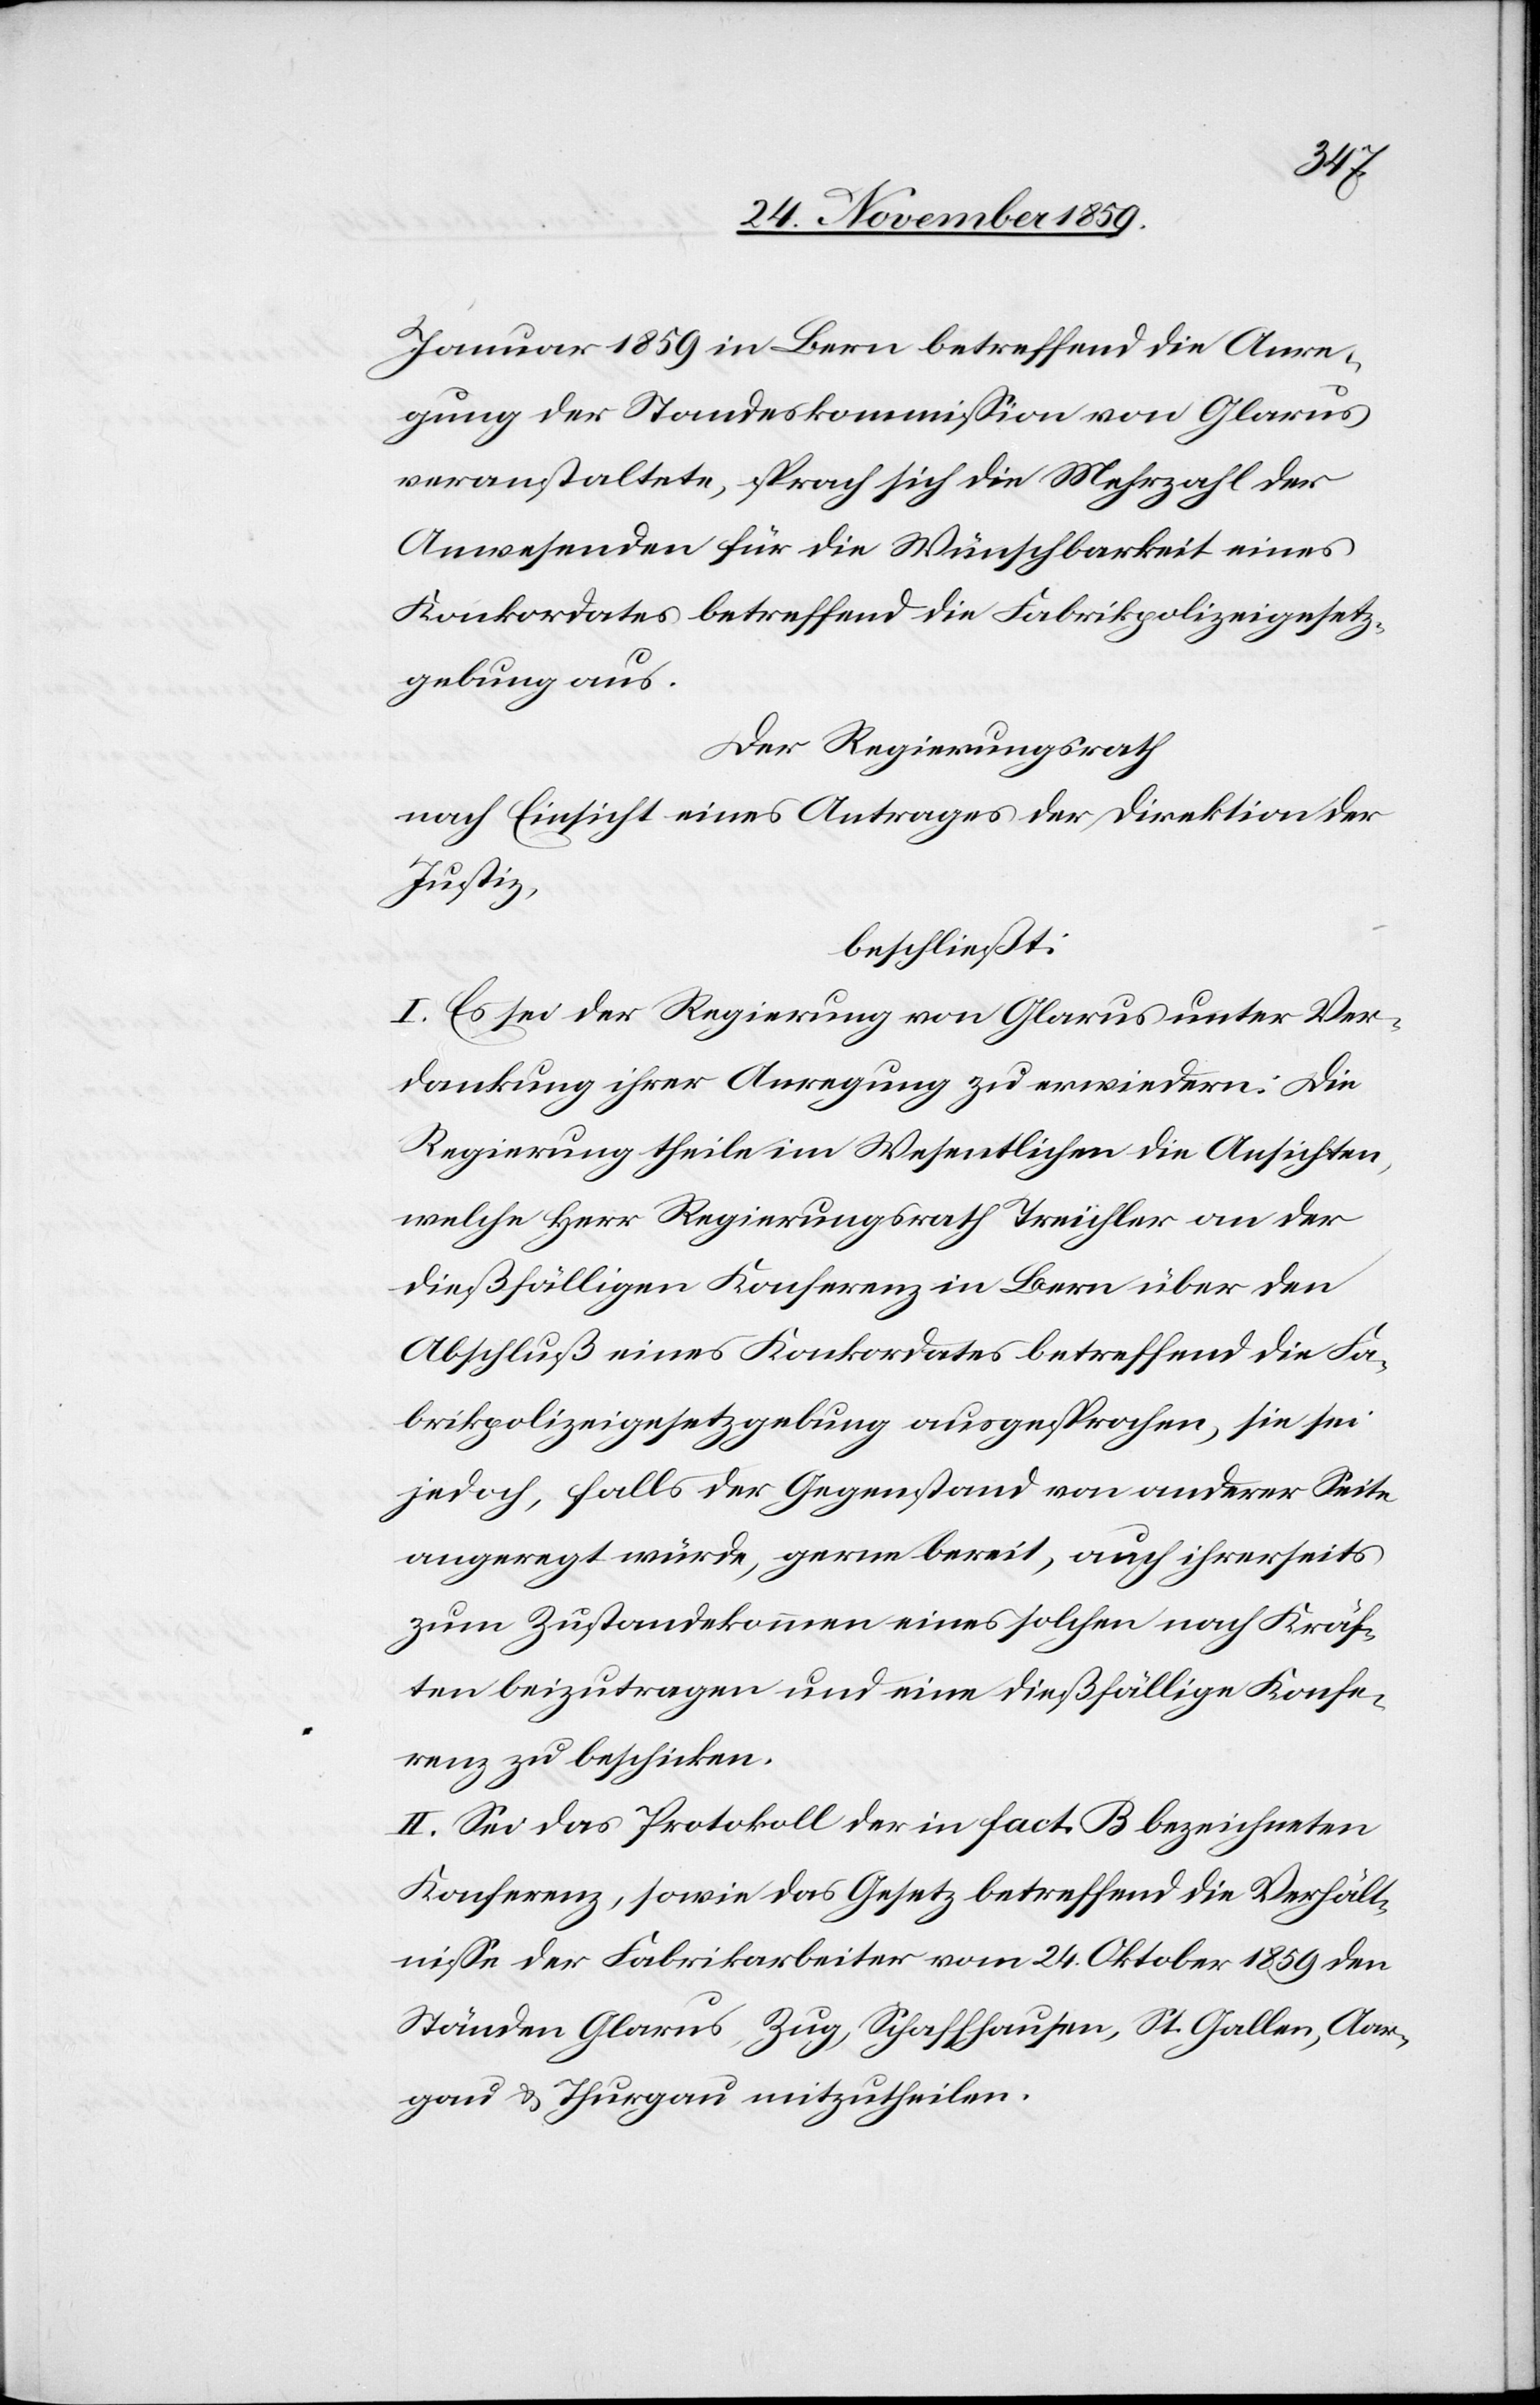
Januar 1859 in Bern betreffend die Anre¬
gung der Standeskommission von Glarus
veranstaltete, sprach sich die Mehrzahl der
Anwesenden für die Wünschbarkeit eines
Konkordates betreffend die Fabrikpolizeigesetz¬
gebung aus.
Der Regierungsrath
nach Einsicht eines Antrages der Direktion der
Justiz,
beschließt:
I. Es sei der Regierung von Glarus unter Ver¬
dankung ihrer Anregung zu erwiedern: Die
Regierung theile im Wesentlichen die Ansichten,
welche Herr Regierungsrath Treichler an der
dießfälligen Konferenz in Bern übern den
Abschluß eines Konkordates betreffend die Fa¬
brikpolizeigesetzgebung ausgesprochen, sie sei
jedoch, falls der Gegenstand von anderer Seite
angeregt würde, gerne bereit, auch ihrerseits
zum Zustandekommen eines solchen nach Kräf¬
ten beizutragen und eine dießfällige Konfe¬
renz zu beschicken.
II. Sei das Protokoll der in fact. B bezeichneten
Konferenz, sowie das Gesetz betreffend die Verhält¬
nisse der Fabrikarbeiter vom 24. Oktober 1859 den
Ständen Glarus, Zug, Schaffhausen, St. Gallen, Aar¬
gau & Thurgau mitzutheilen.